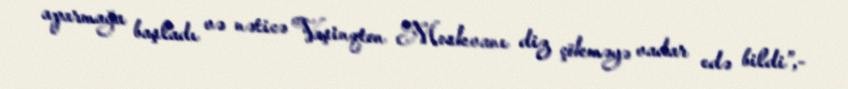
aparmağa başladı və nəticə Vaşinqton Moskvanı diz çökməyə vadar edə bildi”,-